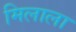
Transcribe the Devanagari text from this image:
मिलाला